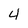
Character: 4